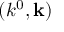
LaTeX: ( k ^ { 0 } , \mathbf { k } )